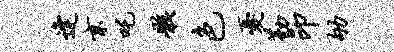
逢京吒骸色忧勤印劬